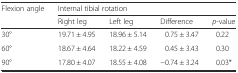
| Flexion angle | <COLSPAN=4> Internal tibial rotation |
 |  | Right leg | Left leg | Difference | p-value |
 | --- | --- | --- | --- | --- |
 | 30° | 19.71 ± 4.95 | 18.96 ± 5.14 | 0.75 ± 3.47 | 0.22 |
 | 60° | 18.67 ± 4.64 | 18.22 ± 4.59 | 0.45 ± 3.43 | 0.30 |
 | 90° | 17.80 ± 4.07 | 18.55 ± 4.08 | −0.74 ± 3.24 | 0.03* |